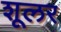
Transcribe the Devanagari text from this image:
शूलर